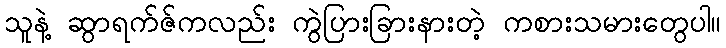
သူနဲ့ ဆွာရက်ဇ်ကလည်း ကွဲပြားခြားနားတဲ့ ကစားသမားတွေပါ။